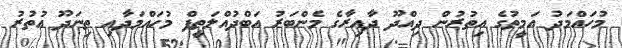
މުހައްމަދު އަމީތުގެ އިތުރުން ދިއްދޫ ދާއިރާގެ މެންބަރު އަބްދުއްލަތީފް މުހައްމަދާއި ތިނަދޫ އުތުރު